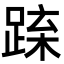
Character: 𨁻